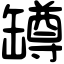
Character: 罇